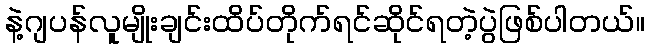
နဲ့ဂျပန်လူမျိုးချင်းထိပ်တိုက်ရင်ဆိုင်ရတဲ့ပွဲဖြစ်ပါတယ်။